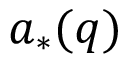
a _ { * } ( \ensuremath { \boldsymbol { q } } )